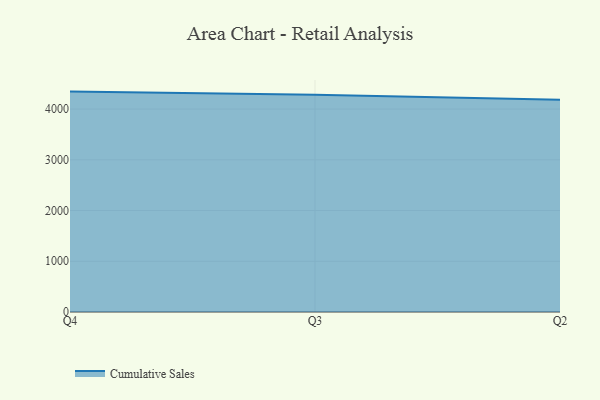
{"axis": {"x": "Quarter", "y": "Energy Usage (MWh)"}, "legend": ["Cumulative Sales"], "data": [{"x": "Q4", "y": 4344.5, "type": "Cumulative Sales"}, {"x": "Q3", "y": 4280.5, "type": "Cumulative Sales"}, {"x": "Q2", "y": 4185.6, "type": "Cumulative Sales"}]}